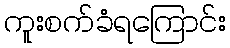
ကူးစက်ခံရကြောင်း